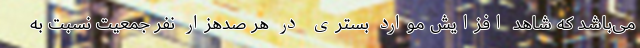
می‌باشد که شاهد افزایش موارد بستری در هر صدهزار نفر جمعیت نسبت به